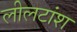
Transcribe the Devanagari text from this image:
लीलटांश